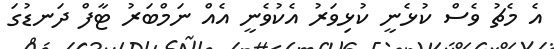
އެ މެޗު ވެސް ކުޅެނީ ކުޅިވަރު އެކުވެނީ އެއް ނަމްބަރު ޓާފް ދަނޑުގަ